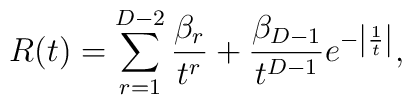
R(t)=\sum_{r=1}^{D-2} {\beta_r\over t^r}         +{\beta_{D-1}\over t^{D-1}} e^{-\left|{1\over t}\right|},